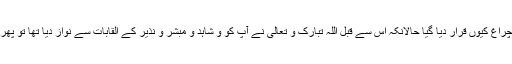
یہاں پر لطیف پہلو یہ بھی ہے کہ آپؐ کو روشن چراغ کیوں قرار دیا گیا حالانکہ اس سے قبل اللہ تبارک و تعالیٰ نے آپ کو و شاہد و مبشر و نذیر کے القابات سے نواز دیا تھا تو پھر سراج منیر کہنے کی ضرورت کیوں پیش آئی؟